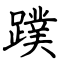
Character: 蹼